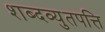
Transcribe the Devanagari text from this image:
शब्दव्युतपत्ति